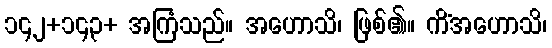
၁၄၂+၁၄၃+ အကြံသည်။ အဟောသိ၊ ဖြစ်၏။ ကိံအဟောသိ၊